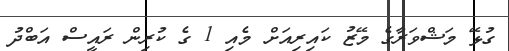
ގުޅޭ މަޝްވަރާގެ މޭޒު ކައިރިއަށް މެއި 1 ގެ ކުރިން ރައީސް އަބްދު